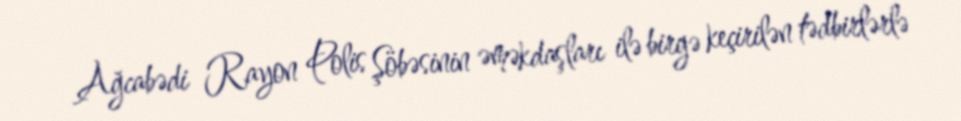
Ağcabədi Rayon Polis Şöbəsinin əməkdaşları ilə birgə keçirilən tədbirlərlə